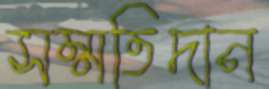
সম্মতিদান